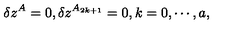
\delta z ^ { A } = 0 , \delta z ^ { A _ { 2 k + 1 } } = 0 , k = 0 , \cdots , a ,